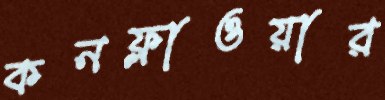
কনফ্লাওয়ার